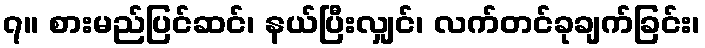
၇။ စားမည်ပြင်ဆင်၊ နယ်ပြီးလျှင်၊ လက်တင်ခုချက်ခြင်း၊